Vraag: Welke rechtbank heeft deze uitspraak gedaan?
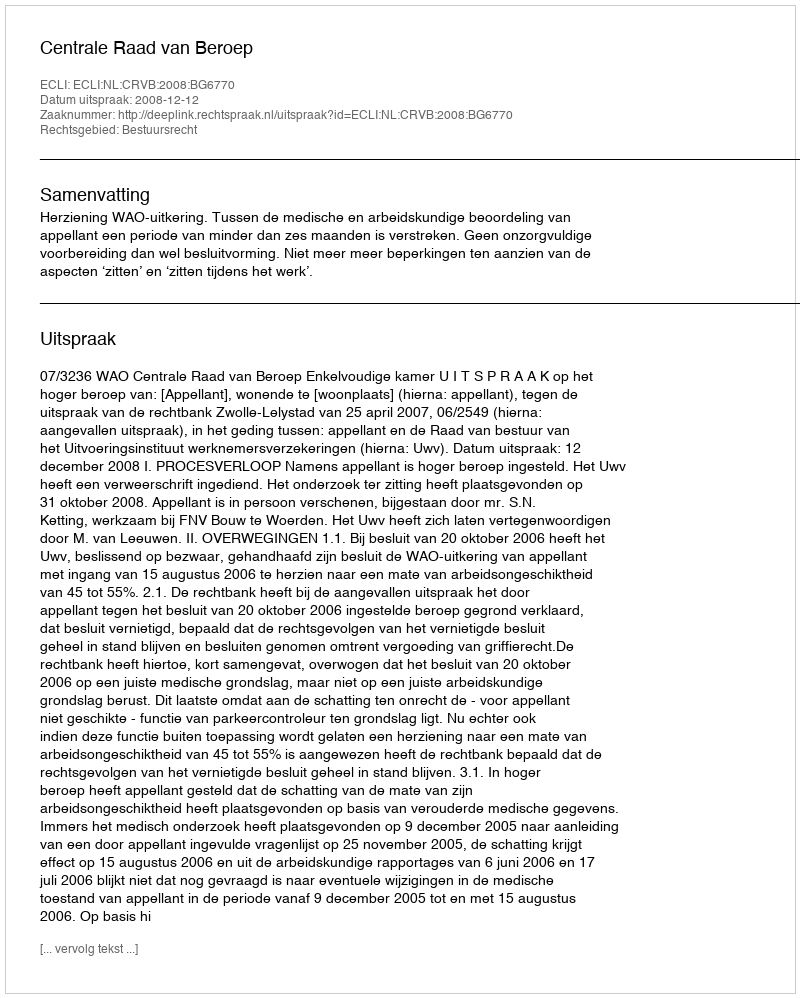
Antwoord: Centrale Raad van Beroep